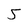
Character: 5